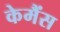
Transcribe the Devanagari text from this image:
केमैंस